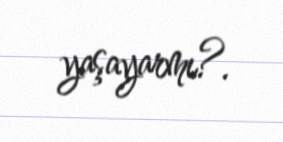
yaşayarmı?.